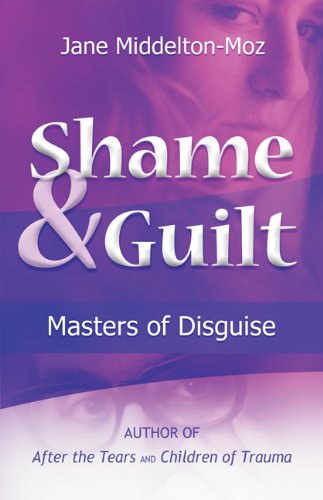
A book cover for Shame & Guilt: Masters of Disguise; Jane Middelton-Moz; Health, Fitness & Dieting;